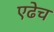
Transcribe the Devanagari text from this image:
एढेच